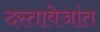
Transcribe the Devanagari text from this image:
दस्तावेजांत